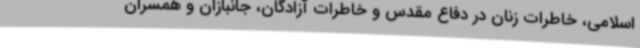
اسلامی، خاطرات زنان در دفاع مقدس و خاطرات آزادگان، جانبازان و همسران